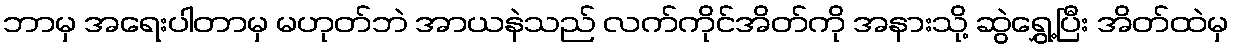
ဘာမှ အရေးပါတာမှ မဟုတ်ဘဲ အာယနဲသည် လက်ကိုင်အိတ်ကို အနားသို့ ဆွဲရွှေ့ပြီး အိတ်ထဲမှ